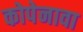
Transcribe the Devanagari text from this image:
कोपेनावा